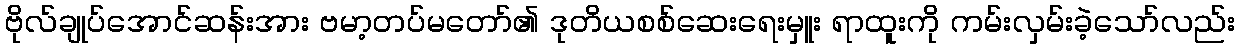
ဗိုလ်ချုပ်အောင်ဆန်းအား ဗမာ့တပ်မတော်၏ ဒုတိယစစ်ဆေးရေးမှူး ရာထူးကို ကမ်းလှမ်းခဲ့သော်လည်း